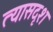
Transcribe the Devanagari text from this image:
त्यासदृश